Report of the Indian Hemp Drugs Commission, 1894-1895 - Volume VI
Year: 1894
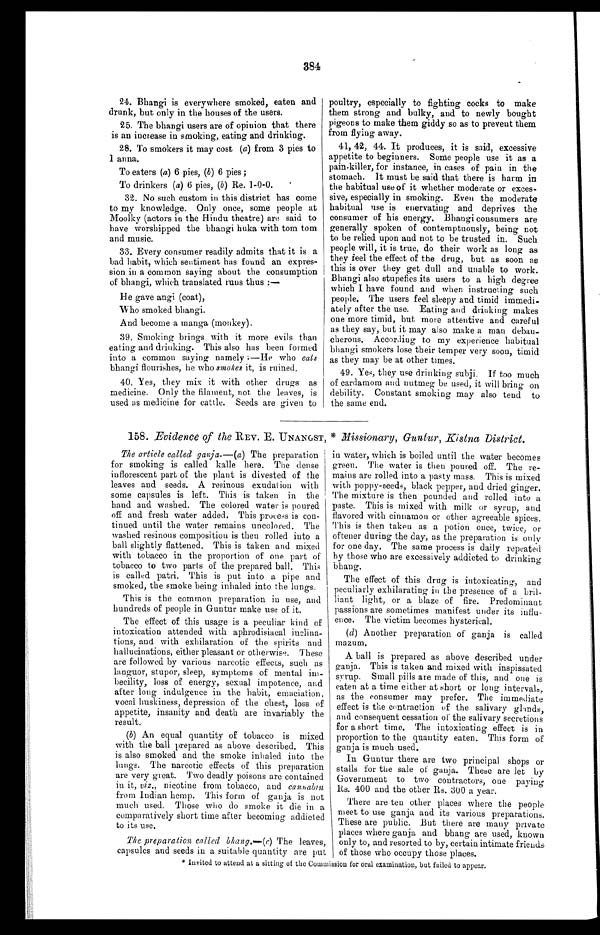
384
24. Bhangi is everywhere smoked, eaten and
drunk, but only in the houses of the users.
25. The bhangi users are of opinion that there
is an increase in smoking, eating and drinking.
28. To smokers it may cost (a) from 3 pies to
1 anna.
To eaters ( a) 6 pies, (b ) 6 pies;
To drinkers ( a ) 6 pies, ( b ) Re. 1-0-0.
32. No such custom in this district has come
to my knowledge. Only once, some people at
Moolky (actors in the Hindu theatre) are said to
have worshipped the bhangi huka with tom tom
and music.
33. Every consumer readily admits that it is a
bad habit, which sentiment has found an expres-
sion in a common saying about the consumption
of bhangi, which translated runs thus:—
He gave angi (coat),
Who smoked bhangi.
And become a manga (monkey).
39. Smoking brings with it more evils than
eating and drinking. This also has been formed
into a common saying namely:—He who eats
bhangi flourishes, he who smokes it, is ruined.
40.
Yes, they mix it with other drugs as
medicine. Only the filament, not the leaves, is
used as medicine for cattle. Seeds are given to
poultry, especially to fighting cocks to make
them strong and bulky, and to newly bought
pigeons to make them giddy so as to prevent them
from flying away.
41, 42, 44. It produces, it is said, excessive
appetite to beginners, Some people use it as a
pain–killer, for instance, in cases of pain in the
stomach. It must be said that there is harm in
the habitual use of it whether moderate or exces-
sive, especially in smoking. Even the moderate
habitual use is enervating and deprives the
consumer of his energy. Bhangi consumers are
generally spoken of contemptuously, being not
to be relied upon and not to be trusted in. Such
people will, it is true, do their work as long as
they feel the effect of the drug, but as soon as
this is over they get dull and unable to work.
Bhangi also stupefies its users to a high degree
which I have found and when instructing such
people. The users feel sleepy and timid immedi-
ately after the use. Eating and drinking makes
one more timid, but more attentive and careful
as they say, but it may also make a man debau-
cherous. According to my experience habitual
bhangi smokers lose their temper very soon, timid
as they may be at other times.
49. Yes, they use drinking subji. If too much
of cardamom and nutmeg be use d , it will bring on
debility. Constant smoking may also tend to
the same end.
158. Evidence of the REV. E. UNANGST, * Missionary, Guntur, Kistna District.
The article called ganja. — (a) The preparation
for smoking is called kalle here. The dense
inflorescent part of the plant is divested of the
leaves and seeds. A resinous exudation with
some capsules is left. This is taken in the
hand and washed. The colored water is poured
off and fresh water added. This process is con-
tinued until the water remains uncolored. The
washed resinous composition is then rolled into a
ball slightly flattened. This is taken and mixed
with tobacco in the proportion of one part of
tobacco to two parts of the prepared ball. This
is called patri. This is put into a pipe and
smoked, the smoke being inhaled into the lungs.
This is the common preparation in use, and
hundreds of people in Guntur make use of it.
The effect of this usage is a peculiar kind of
intoxication attended with aphrodisiacal inclina-
tions, and with exhilaration of the spirits and
hallucinations, either pleasant or otherwise. These
are followed by various narcotic effects, such as
languor, stupor, sleep, symptoms of mental im-
becility, loss of energy, sexual impotence, and
after long indulgence in the habit, emaciation,
vocal huskiness, depression of the chest, loss of
appetite, insanity and death are invariably the
result.
( b ) An equal quantity of tobacco is mixed
with the ball prepared as above described. This
is also smoked and the smoke inhaled into the
lungs. The narcotic effects of this preparation
are very great. Two deadly poisons are contained
in it, viz., nicotine from tobacco, and c a n n a b i n
from Indian hemp. This form of ganja is not
much used. Those who do smoke it die in a
comparatively short time after becoming addicted
to its use.
The preparation, called bhang.—( c) The leaves,
capsules and seeds in a suitable quantity are put in water, which is boiled until the water becomes
green. The water is then poured off. The re-
mains are rolled into a pasty mass. This is mixed
with poppy-seeds, black pepper, and dried ginger.
The mixture is then pounded and rolled into a
paste. This is mixed with milk or syrup, and
flavored with cinnamon or other agreeable spices.
This is then taken as a potion once, twice, or
oftener during the day, as the preparation is only
for one day. The same process is daily repeated
by those who are excessively addicted to drinking
bhang.
The effect of this drug is intoxicating, and
peculiarly exhilarating in the presence of a bril-
liant light, or a blaze of fire. Predominant
passions are sometimes manifest under its influ-
ence. The victim becomes hysterical.
( d ) Another preparation of ganja is called
mazum.
A ball is prepared as above described under
ganja. This is taken and mixed with inspissated
syrup. Small pills are made of this, and one is
eaten at a time either at short or long intervals,
as the consumer may prefer. The immediate
effect is the contraction of the salivary glands,
and consequent cessation of the salivary secretions
for a short time. The intoxicating effect is in
proportion to the quantity eaten. This form of
ganja is much used.
In Guntur there are two principal shops or
stalls for the sale of ganja. These are let by
Government to two contractors, one paying
Rs. 400 and the other Rs. 300 a year.
There are ten other places where the people
meet to use ganja and its various preparations.
These are public. But there are many private
places where ganja and bhang are used, known
only to, and resorted to by, certain intimate friends
of those who occupy those places.
* Invited to attend at a sitting of the Commission for oral examination, but failed to appear.